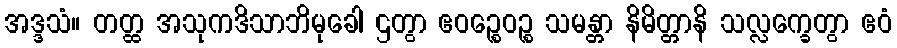
အဒ္ဒသံ။ တတ္ထ အသုကဒိသာဘိမုခေါ ဌတွာ ဧဝဉ္စေဝဉ္စ သမန္တာ နိမိတ္တာနိ သလ္လက္ခေတွာ ဧဝံ